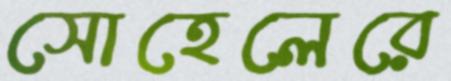
সোহেলেরে